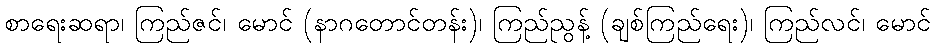
စာရေးဆရာ၊ ကြည်ဇင်၊ မောင် (နာဂတောင်တန်း)၊ ကြည်ညွန့် (ချစ်ကြည်ရေး)၊ ကြည်လင်၊ မောင်